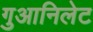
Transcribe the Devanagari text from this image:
गुआनिलेट